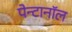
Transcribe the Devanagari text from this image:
पेन्टानॉल